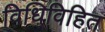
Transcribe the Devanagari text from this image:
विधिविहित